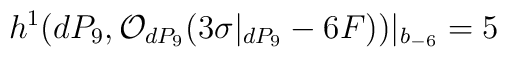
h^{1} (dP_9, {\cal O}_{dP_9} (3 \sigma|_{dP_9} -6F))|_{b_{-6}} =5